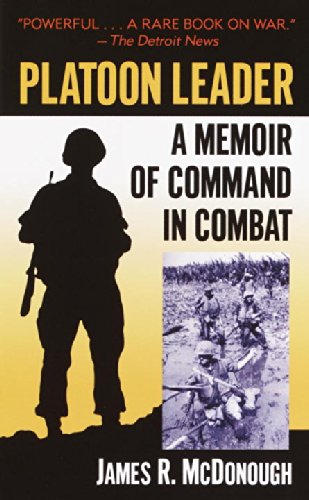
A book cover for Platoon Leader: A Memoir of Command in Combat; James R. McDonough; History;